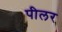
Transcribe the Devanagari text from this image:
पीलर